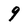
Character: 9